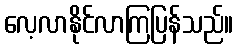
လေ့လာနိုင်လာကြပြန်သည်။